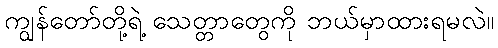
ကျွန်တော်တို့ရဲ့ သေတ္တာတွေကို ဘယ်မှာထားရမလဲ။